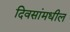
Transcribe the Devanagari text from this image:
दिवसांमधील